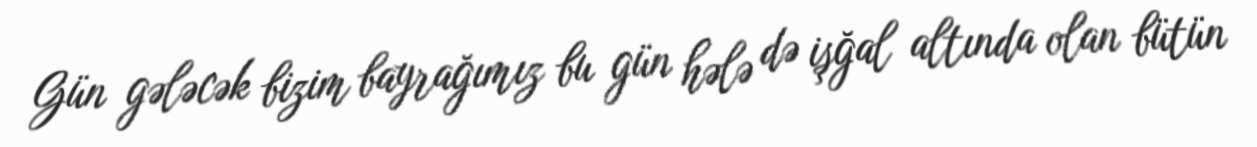
Gün gələcək bizim bayrağımız bu gün hələ də işğal altında olan bütün